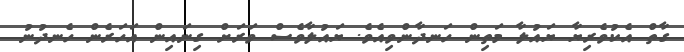
ގާތް އެކުވެރިޔާ ޔައުލާ މަތިން ހަނދާންވިއެވެ. ޔައުލާވެސް ވަރަށް ގިނައިން އަހަރެން ހެނދުނު